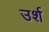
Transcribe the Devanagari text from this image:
उर्श